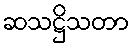
ဆသဋ္ဌိသတာ